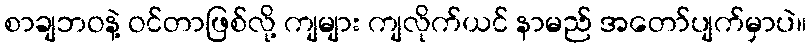
စာချဘဝနဲ့ ဝင်တာဖြစ်လို့ ကျများ ကျလိုက်ယင် နာမည် အတော်ပျက်မှာပဲ။